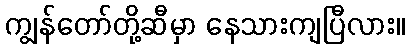
ကျွန်တော်တို့ဆီမှာ နေသားကျပြီလား။